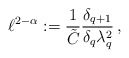
\begin{align*}\ell^{2-\alpha} := \frac{1}{\tilde C} \frac{\delta_{q+1}}{\delta_q \lambda_q^2}\, ,\end{align*}